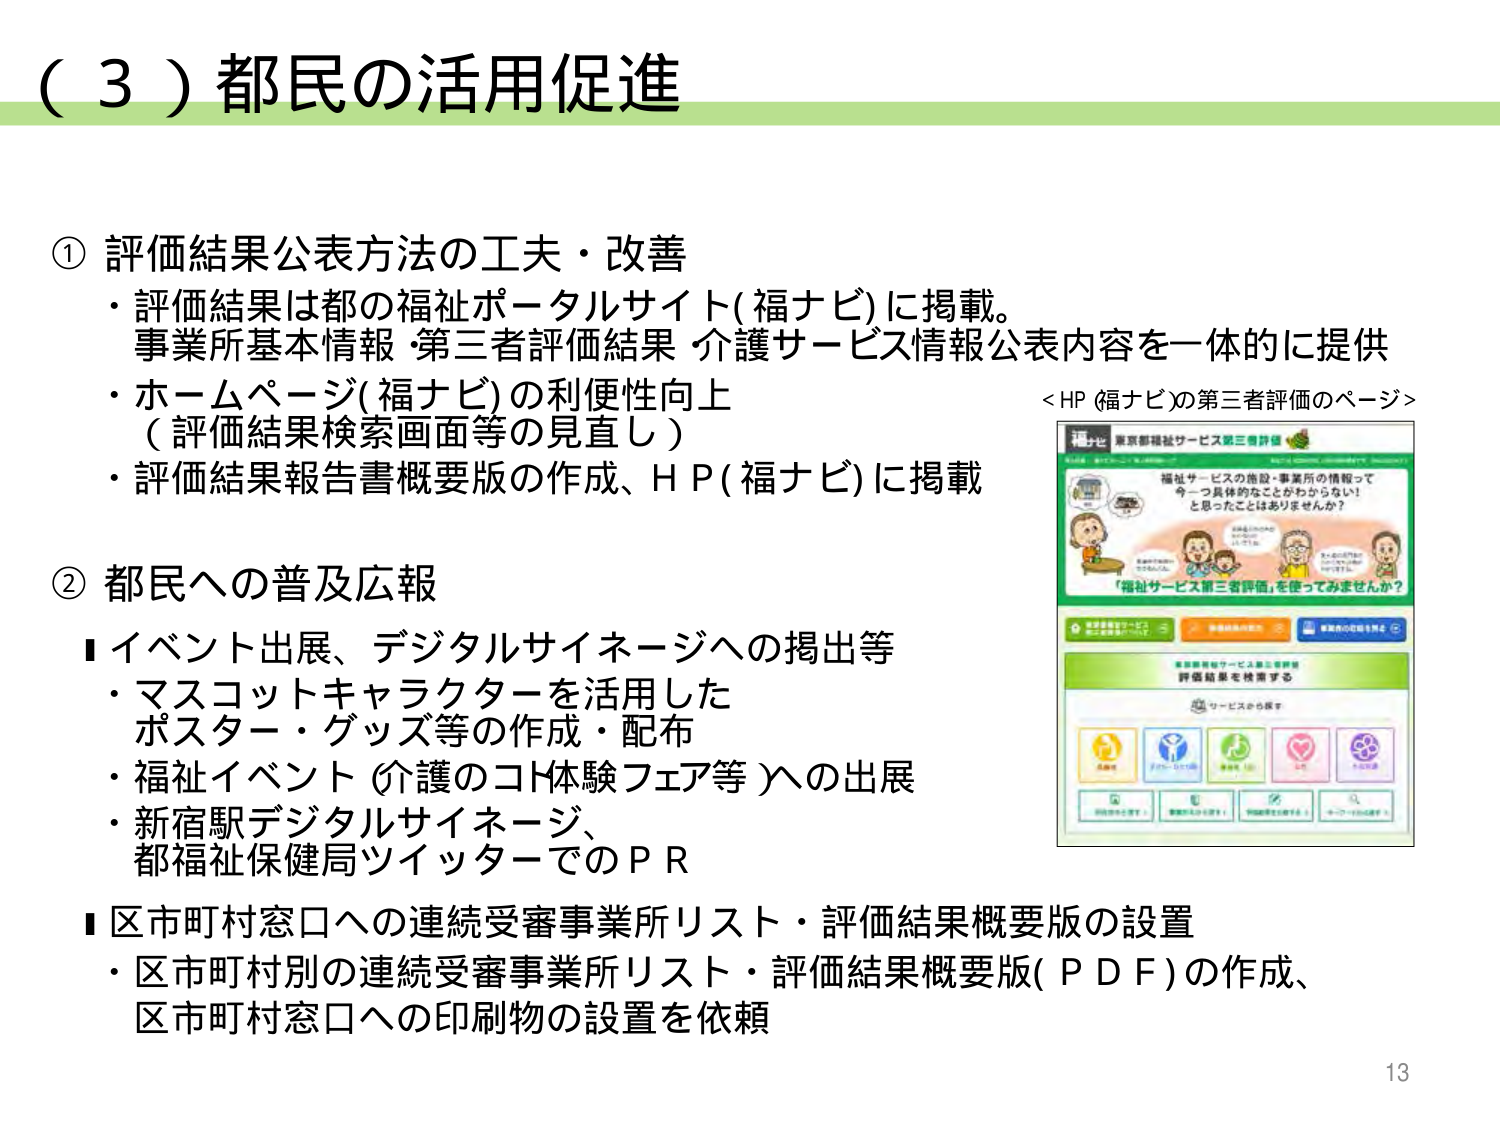
（３）都民の活用促進

① 評価結果公表方法の工夫・改善
・評価結果は都の福祉ポータルサイト（福ナビ）に掲載。
事業所基本情報・第三者評価結果 介護サービス情報公表内容を一体的に提供
・ホームページ（福ナビ）の利便性向上
（評価結果検索画面等の見直し）
・評価結果報告書概要版の作成、ＨＰ（福ナビ）に掲載

② 都民への普及広報
■イベント出展、デジタルサイネージへの掲出等
・マスコットキャラクターを活用した
ポスター・グッズ等の作成・配布
・福祉イベント（介護のコト体験フェア等）への出展
・新宿駅デジタルサイネージ、
都福祉保健局ツイッターでのＰＲ

■区市町村窓口への連続受審事業所リスト・評価結果概要版の設置
・区市町村別の連続受審事業所リスト・評価結果概要版（ＰＤＦ）の作成、
区市町村窓口への印刷物の設置を依頼

＜ＨＰ（福ナビ）の第三者評価のページ＞
福ナビ 東京都福祉サービス第三者評価
福祉サービスの施設・事業所の情報って
今一つ具体的なことがわからない！
と思ったことはありませんか？
「福祉サービス第三者評価」を使ってみませんか？
サービスから探す
（以下、画像内のアイコンやボタンのラベルは読み取れないため省略）

13